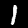
Digit: 1